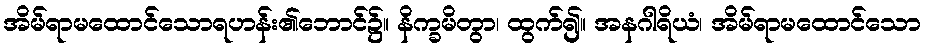
အိမ်ရာမထောင်သောရဟန်း၏ဘောင်၌။ နိက္ခမိတွာ၊ ထွက်၍။ အနဂါရိယံ၊ အိမ်ရာမထောင်သော